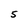
Character: 5